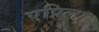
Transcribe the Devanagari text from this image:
एप्रिला